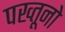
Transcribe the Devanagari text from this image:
पख्तूनो